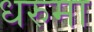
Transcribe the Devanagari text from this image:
धरुमा